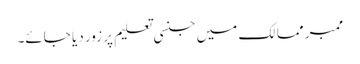
ممبر ممالک میں جنسی تعلیم پر زور دیا جائے۔